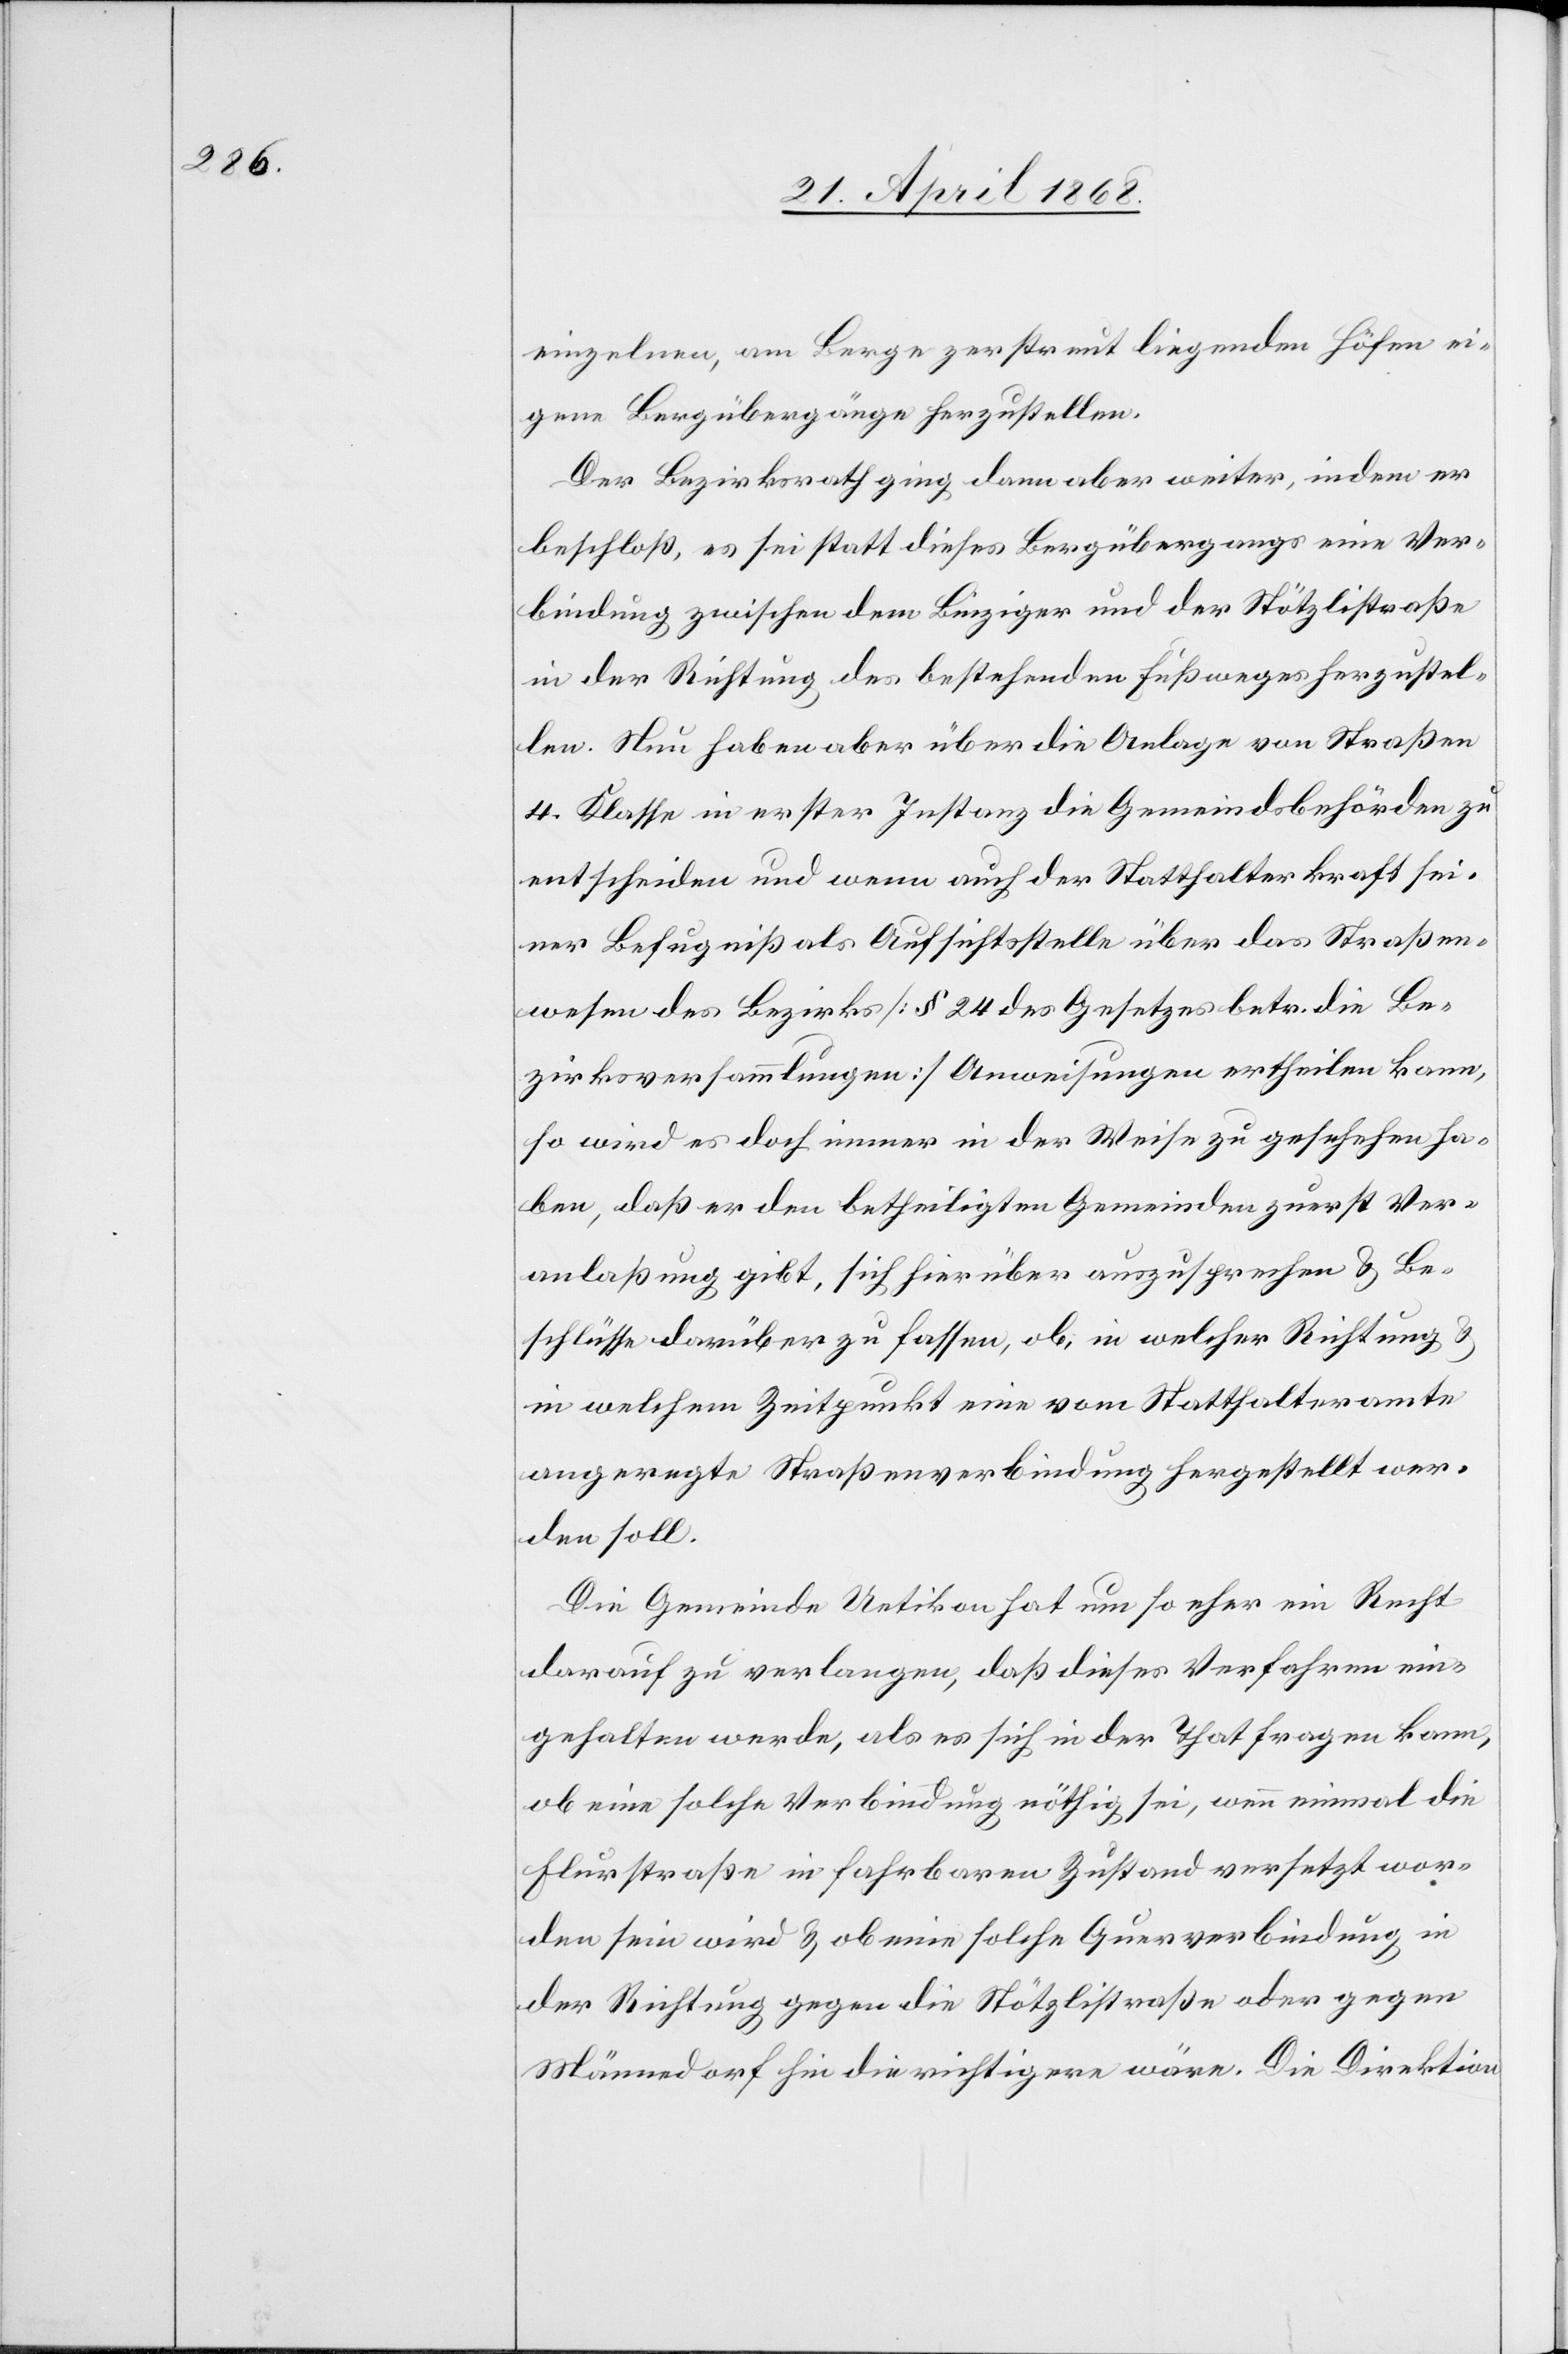
einzelnen, am Berge zerstreut liegenden Höfen ei¬
gene Bergübergänge herzustellen.
Der Bezirksrath ging dann aber weiter, indem er
beschloß, es sei statt dieses Bergübergangs eine Ver¬
bindung zwischen dem Binziger und der Stötzlistraße
in der Richtung des bestehenden Fußweges herzustel¬
len. Nun haben aber über die Anlage von Straßen
4. Klasse in erster Instanz die Gemeindsbehörden zu
entscheiden und wenn auch der Statthalter kraft sei¬
ner Befugniß als Aufsichtsstelle über das Straßen¬
wesen des Bezirks [§ 24 des Gesetzes betr. die Be¬
zirksversammlungen] Anweisungen ertheilen kann,
so wird es doch immer in der Weise zu gesehehen [recte:
haben, daß er den betheiligten Gemeinden zuerst Ver¬
anlaßung gibt, sich hierüber auszusprechen & Be¬
schlüsse darüber zu fassen, ob, in welcher Richtung &
in welchem Zeitpunkt eine vom Statthalteramte
angeregte Straßenverbindung hergestellt wer¬
den soll.
Die Gemeinde Uetikon hat um so eher ein Recht
darauf zu verlangen, daß dieses Verfahren ein¬
gehalten werde, als es sich in der That fragen kann,
ob eine solche Verbindung nöthig sei, wenn einmal die
Flurstraße in fahrbaren Zustand versetzt wor¬
den sein wird & ob eine solche Querverbindung in
der Richtung gegen die Stötzlistraße oder gegen
Männedorf hin die richtigere wäre. Die Direktion